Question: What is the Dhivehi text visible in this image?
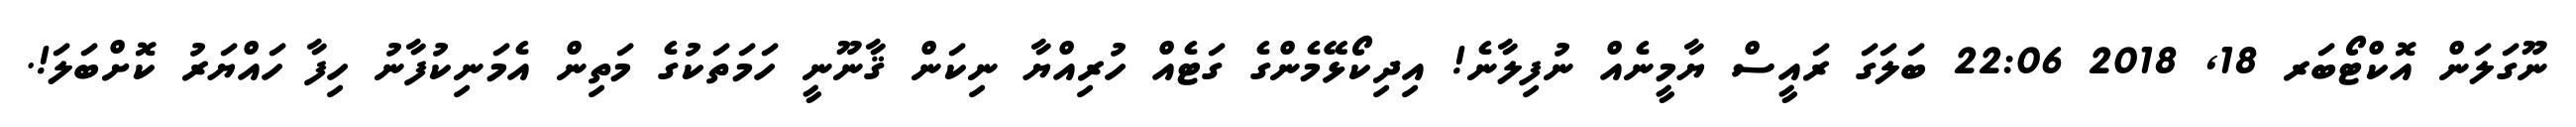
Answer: ނޫގަލަން އޮކްޓޯބަރ 18, 2018 22:06 ބަލަގަ ރައީސް ޔާމީނެއް ނުފިލާނެ! އިދިކޯޅޭމެންގެ ގަޓެއް ހުރިއްޔާ ނިކަން ޤާނޫނީ ހަމަތަކުގެ މަތިން އެމަނިކުފާނު ހިފާ ހައްޔަރު ކޮށްބަލަ!.